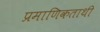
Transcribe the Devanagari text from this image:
प्रमाणिकताथी